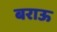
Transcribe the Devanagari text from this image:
बराऊ